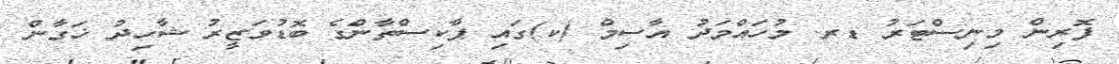
ފޮރިން މިނިސްޓަރު ޑރ. މުހައްމަދު އާސިމް (ކ)ގައި ޕާކިސްތާންގެ ބޮޑުވަޒީރު ޝާހިދު ޚަގާން